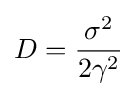
D={\frac {\sigma ^{2}}{2\gamma ^{2}}}